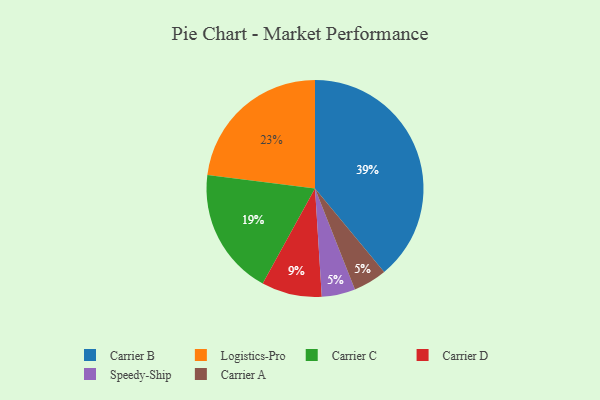
{"axis": {"x": "Category", "y": "Percentage"}, "legend": ["Carrier A", "Carrier B", "Carrier C", "Carrier D", "Logistics-Pro", "Speedy-Ship"], "data": [{"x": "Logistics-Pro", "y": 23, "type": "Logistics-Pro"}, {"x": "Speedy-Ship", "y": 5, "type": "Speedy-Ship"}, {"x": "Carrier D", "y": 9, "type": "Carrier D"}, {"x": "Carrier A", "y": 5, "type": "Carrier A"}, {"x": "Carrier B", "y": 39, "type": "Carrier B"}, {"x": "Carrier C", "y": 19, "type": "Carrier C"}]}